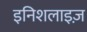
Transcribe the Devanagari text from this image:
इनिशलाइज़